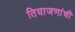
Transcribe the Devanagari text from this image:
तिघाजणांची